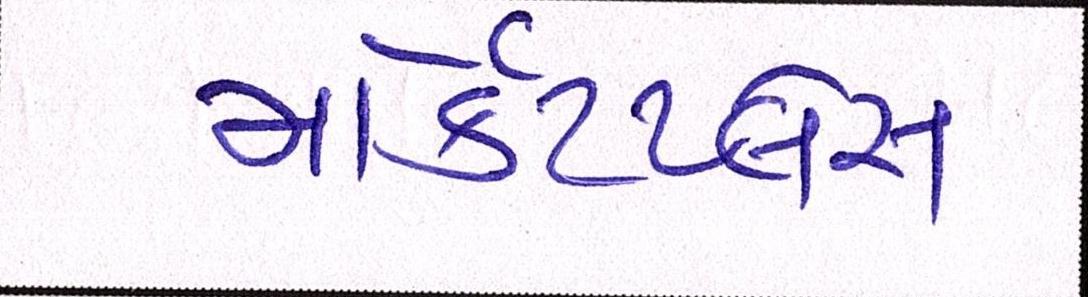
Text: માર્કેટપ્લેસ